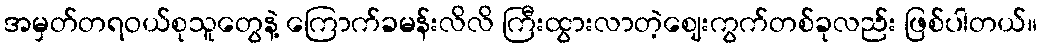
အမှတ်တရဝယ်စုသူတွေနဲ့ ကြောက်ခမန်းလိလိ ကြီးထွားလာတဲ့ဈေးကွက်တစ်ခုလည်း ဖြစ်ပါတယ်။